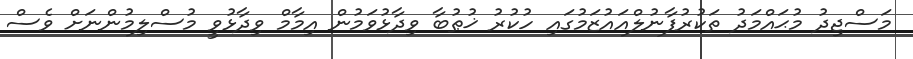
މަސްޖިދު މުޙައްމަދު ތަކުރުފާނުލްއައުޒަމުގައި ހުކުރު ޚުޠުބާ ވިދާޅުވަމުން އިމާމް ވިދާޅުވީ މުސްލިމުންނަށް ވެސް